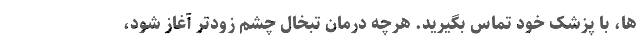
ها، با پزشک خود تماس بگیرید. هرچه درمان تبخال چشم زودتر آغاز شود،